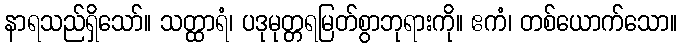
နာရသည်ရှိသော်။ သတ္ထာရံ၊ ပဒုမုတ္တရမြတ်စွာဘုရားကို။ ဧကံ၊ တစ်ယောက်သော။